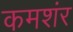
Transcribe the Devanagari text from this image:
कमशंर